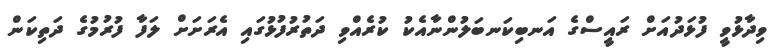
ވިދާޅުވީ ފުޅަދުއަށް ރައީސްގެ އަނބިކަނބަލުންނާއެކު ކުރެއްވި ދަތުރުފުޅުގައި އެރަށަށް ލަފާ ފުރުމުގެ ދަތިކަން